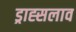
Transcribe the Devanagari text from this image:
ड्राह्सलाव